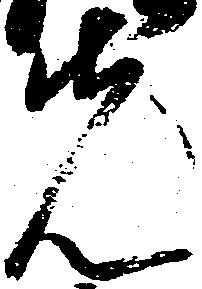
先